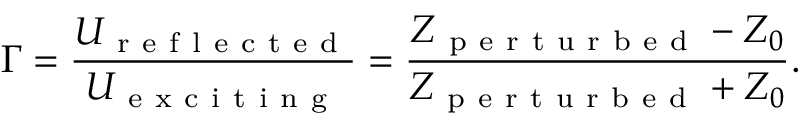
\Gamma = \frac { U _ { \mathrm { ~ r ~ e ~ f ~ l ~ e ~ c ~ t ~ e ~ d ~ } } } { U _ { \mathrm { ~ e ~ x ~ c ~ i ~ t ~ i ~ n ~ g ~ } } } = \frac { Z _ { \mathrm { ~ p ~ e ~ r ~ t ~ u ~ r ~ b ~ e ~ d ~ } } - Z _ { 0 } } { Z _ { \mathrm { ~ p ~ e ~ r ~ t ~ u ~ r ~ b ~ e ~ d ~ } } + Z _ { 0 } } .